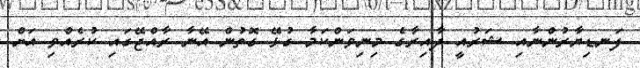
ފަނޑިޔާރުންނާއި ޝަރުއީ ދާއިރާގެ މިނިވަންކަމާ ގުޅޭ ގޮތުން އޭނާ ރާއްޖޭގައި ކުރެއްވި އަށް